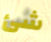
شئ